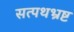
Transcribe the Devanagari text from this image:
सत्पथभ्रष्ट